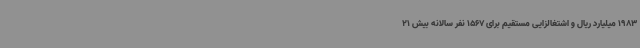
1983 میلیارد ریال و اشتغالزایی مستقیم برای 1567 نفر سالانه بیش 21